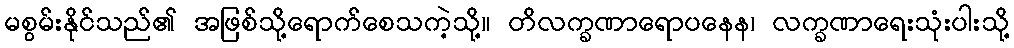
မစွမ်းနိုင်သည်၏ အဖြစ်သို့ရောက်စေသကဲ့သို့။ တိလက္ခဏာရောပနေန၊ လက္ခဏာရေးသုံးပါးသို့